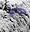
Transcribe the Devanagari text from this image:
केनारा